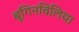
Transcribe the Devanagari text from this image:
बूगिनविलिया